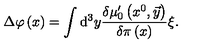
\Delta \varphi \left( x \right) = \int \mathrm { d } ^ { 3 } y \frac { \delta \mu _ { 0 } ^ { \prime } \left( x ^ { 0 } , \vec { y } \right) } { \delta \pi \left( x \right) } \xi .